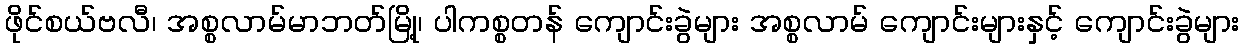
ဖိုင်စယ်ဗလီ၊ အစ္စလာမ်မာဘတ်မြို့၊ ပါကစ္စတန် ကျောင်းခွဲများ အစ္စလာမ် ကျောင်းများနှင့် ကျောင်းခွဲများ